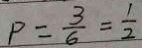
P = \frac { 3 } { 6 } = \frac { 1 } { 2 }